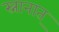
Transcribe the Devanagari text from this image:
स्नानात्